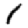
Digit: 1